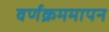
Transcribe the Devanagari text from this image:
वर्णक्रममापन